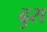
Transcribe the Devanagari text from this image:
ढुरा